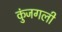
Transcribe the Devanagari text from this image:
कुंजगली